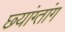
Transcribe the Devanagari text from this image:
छ्यांग्तांग